Civil Veterinary Department Bihar reports 1936-40 - 1936-1940
Year: 1936
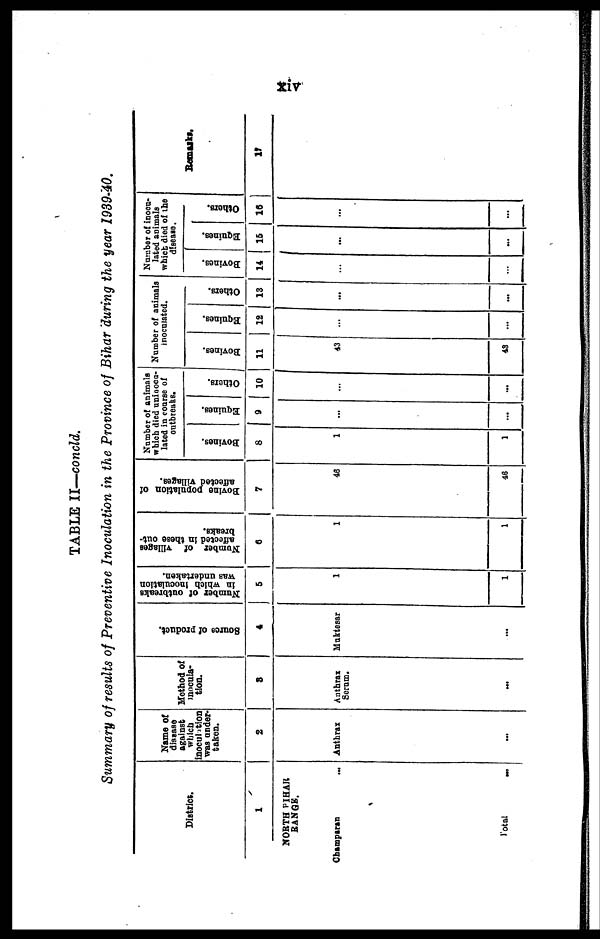
xiv
TABLE II—concld.
Summary of results of Preventive Inoculation in the Province of Bihar during the year 1939-40.
District.
1
NORTH BIHAR
RANGE.
Champaran
...
Total
...
Name of
disease
against
which
inoculation
was under-
taken.
2
Anthrax
...
Method of
inocula-
tion.
3
Anthrax
Serum.
...
Source of product.
4
Muktesar
...
Number of outbreaks
in which Inoculation
was undertaken.
5
1
1
Number of villages
affected in these out-
breaks.
6
1
1
Bovine population of
affected villages.
7
46
46
Number of animals
which died uninoca-
lated in coarse of
outbreaks.
Bovines.
8
1
1
Equines.
9
...
...
Others.
10
...
...
Number of animals
inoculated.
Bovines.
11
43
43
Equines.
12
...
...
Others.
13
...
...
Number of inocu-
lated animals
which died of the
disease.
Bovines.
14
...
...
Equines.
15
...
...
Others.
16
...
...
Remarks.
17